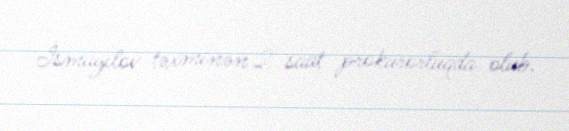
İsmayılov təxminən 2 saat prokurorluqda olub.